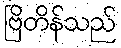
ဗြိတိန်သည်